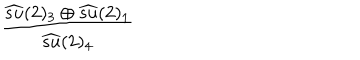
\frac { \widehat { s u } ( 2 ) _ { 3 } \oplus \widehat { s u } ( 2 ) _ { 1 } } { \widehat { s u } ( 2 ) _ { 4 } }